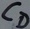
Text: CD